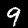
Digit: 9